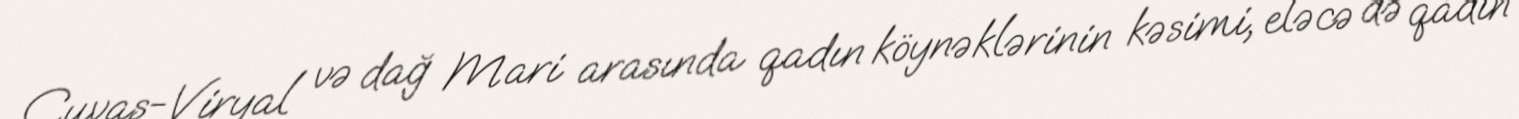
Çuvaş-Viryal və dağ Mari arasında qadın köynəklərinin kəsimi, eləcə də qadın